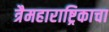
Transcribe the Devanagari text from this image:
त्रैमहाराष्ट्रिकाचा